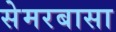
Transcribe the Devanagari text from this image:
सेमरबासा